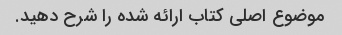
موضوع اصلی کتاب ارائه شده را شرح دهید.